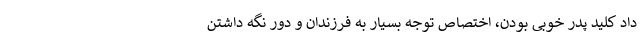
داد کلید پدر خوبی بودن، اختصاص توجه بسیار به فرزندان و دور نگه داشتن